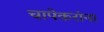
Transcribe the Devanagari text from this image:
चापेकरांना